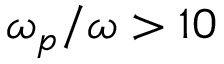
\omega _ { p } / \omega > 1 0